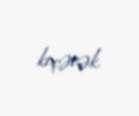
keçəcək.